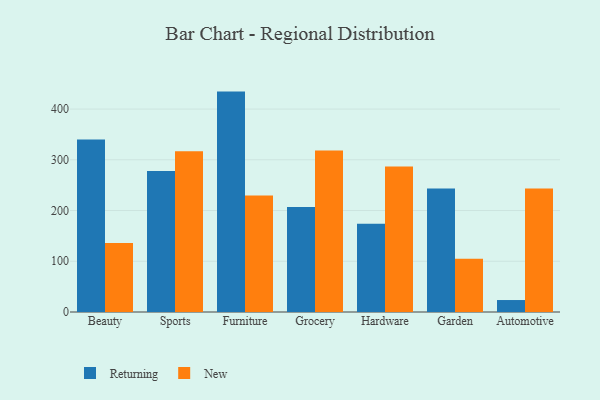
{"axis": {"x": "Category", "y": "Churn Rate (%)"}, "legend": ["New", "Returning"], "data": [{"x": "Beauty", "y": 340.1, "type": "Returning"}, {"x": "Beauty", "y": 136.1, "type": "New"}, {"x": "Sports", "y": 278.0, "type": "Returning"}, {"x": "Sports", "y": 316.7, "type": "New"}, {"x": "Furniture", "y": 434.4, "type": "Returning"}, {"x": "Furniture", "y": 229.8, "type": "New"}, {"x": "Grocery", "y": 206.9, "type": "Returning"}, {"x": "Grocery", "y": 318.2, "type": "New"}, {"x": "Hardware", "y": 174.1, "type": "Returning"}, {"x": "Hardware", "y": 287.0, "type": "New"}, {"x": "Garden", "y": 243.6, "type": "Returning"}, {"x": "Garden", "y": 104.8, "type": "New"}, {"x": "Automotive", "y": 23.6, "type": "Returning"}, {"x": "Automotive", "y": 243.6, "type": "New"}]}